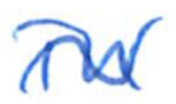
Text: in
Cross-out: wave
Writing tool: ballpoint